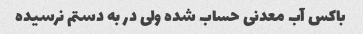
باکس آب معدنی حساب شده ولی در به دستم نرسیده